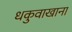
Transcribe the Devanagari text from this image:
धकुवाखाना